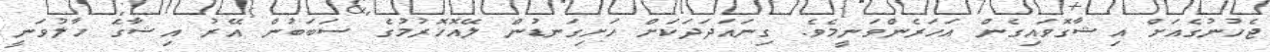
ޖެހުނުގެއަށް އިޝާގޮވައިގެން އަހަރެންވަނީމެވެ. ގިނައަދަދަކަށް ހަށިގަނޑުން ލޭއޮހޮރުމުގެ ސަބަބުން އޭރު އިޝާގަެ ހާލުވަނީ